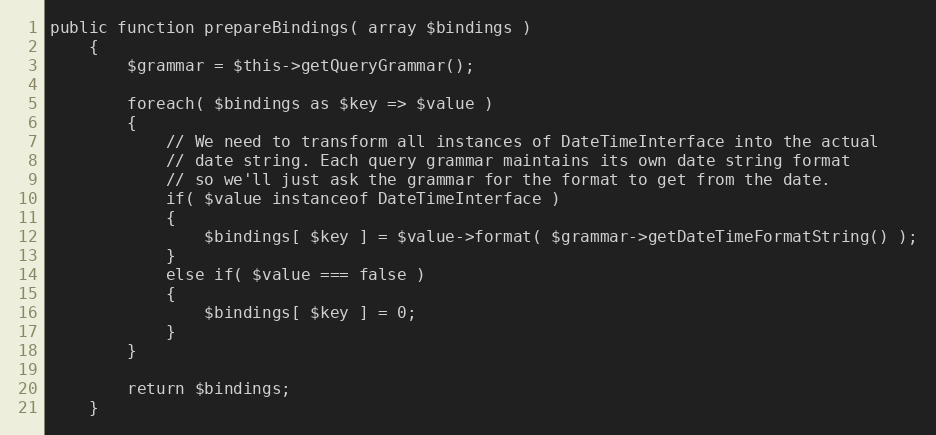
Language: PHP
public function prepareBindings( array $bindings )
	{
		$grammar = $this->getQueryGrammar();

		foreach( $bindings as $key => $value )
		{
			// We need to transform all instances of DateTimeInterface into the actual
			// date string. Each query grammar maintains its own date string format
			// so we'll just ask the grammar for the format to get from the date.
			if( $value instanceof DateTimeInterface )
			{
				$bindings[ $key ] = $value->format( $grammar->getDateTimeFormatString() );
			}
			else if( $value === false )
			{
				$bindings[ $key ] = 0;
			}
		}

		return $bindings;
	}